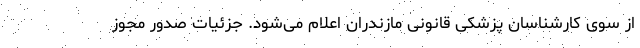
از سوی کارشناسان پزشکی قانونی مازندران اعلام می‌شود. جزئیات صدور مجوز